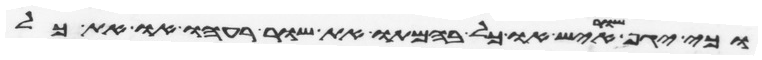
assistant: וכי יגף שור איש או כל בהמתו את שור רעהו או את כל